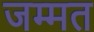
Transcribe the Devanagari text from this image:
जम्मत